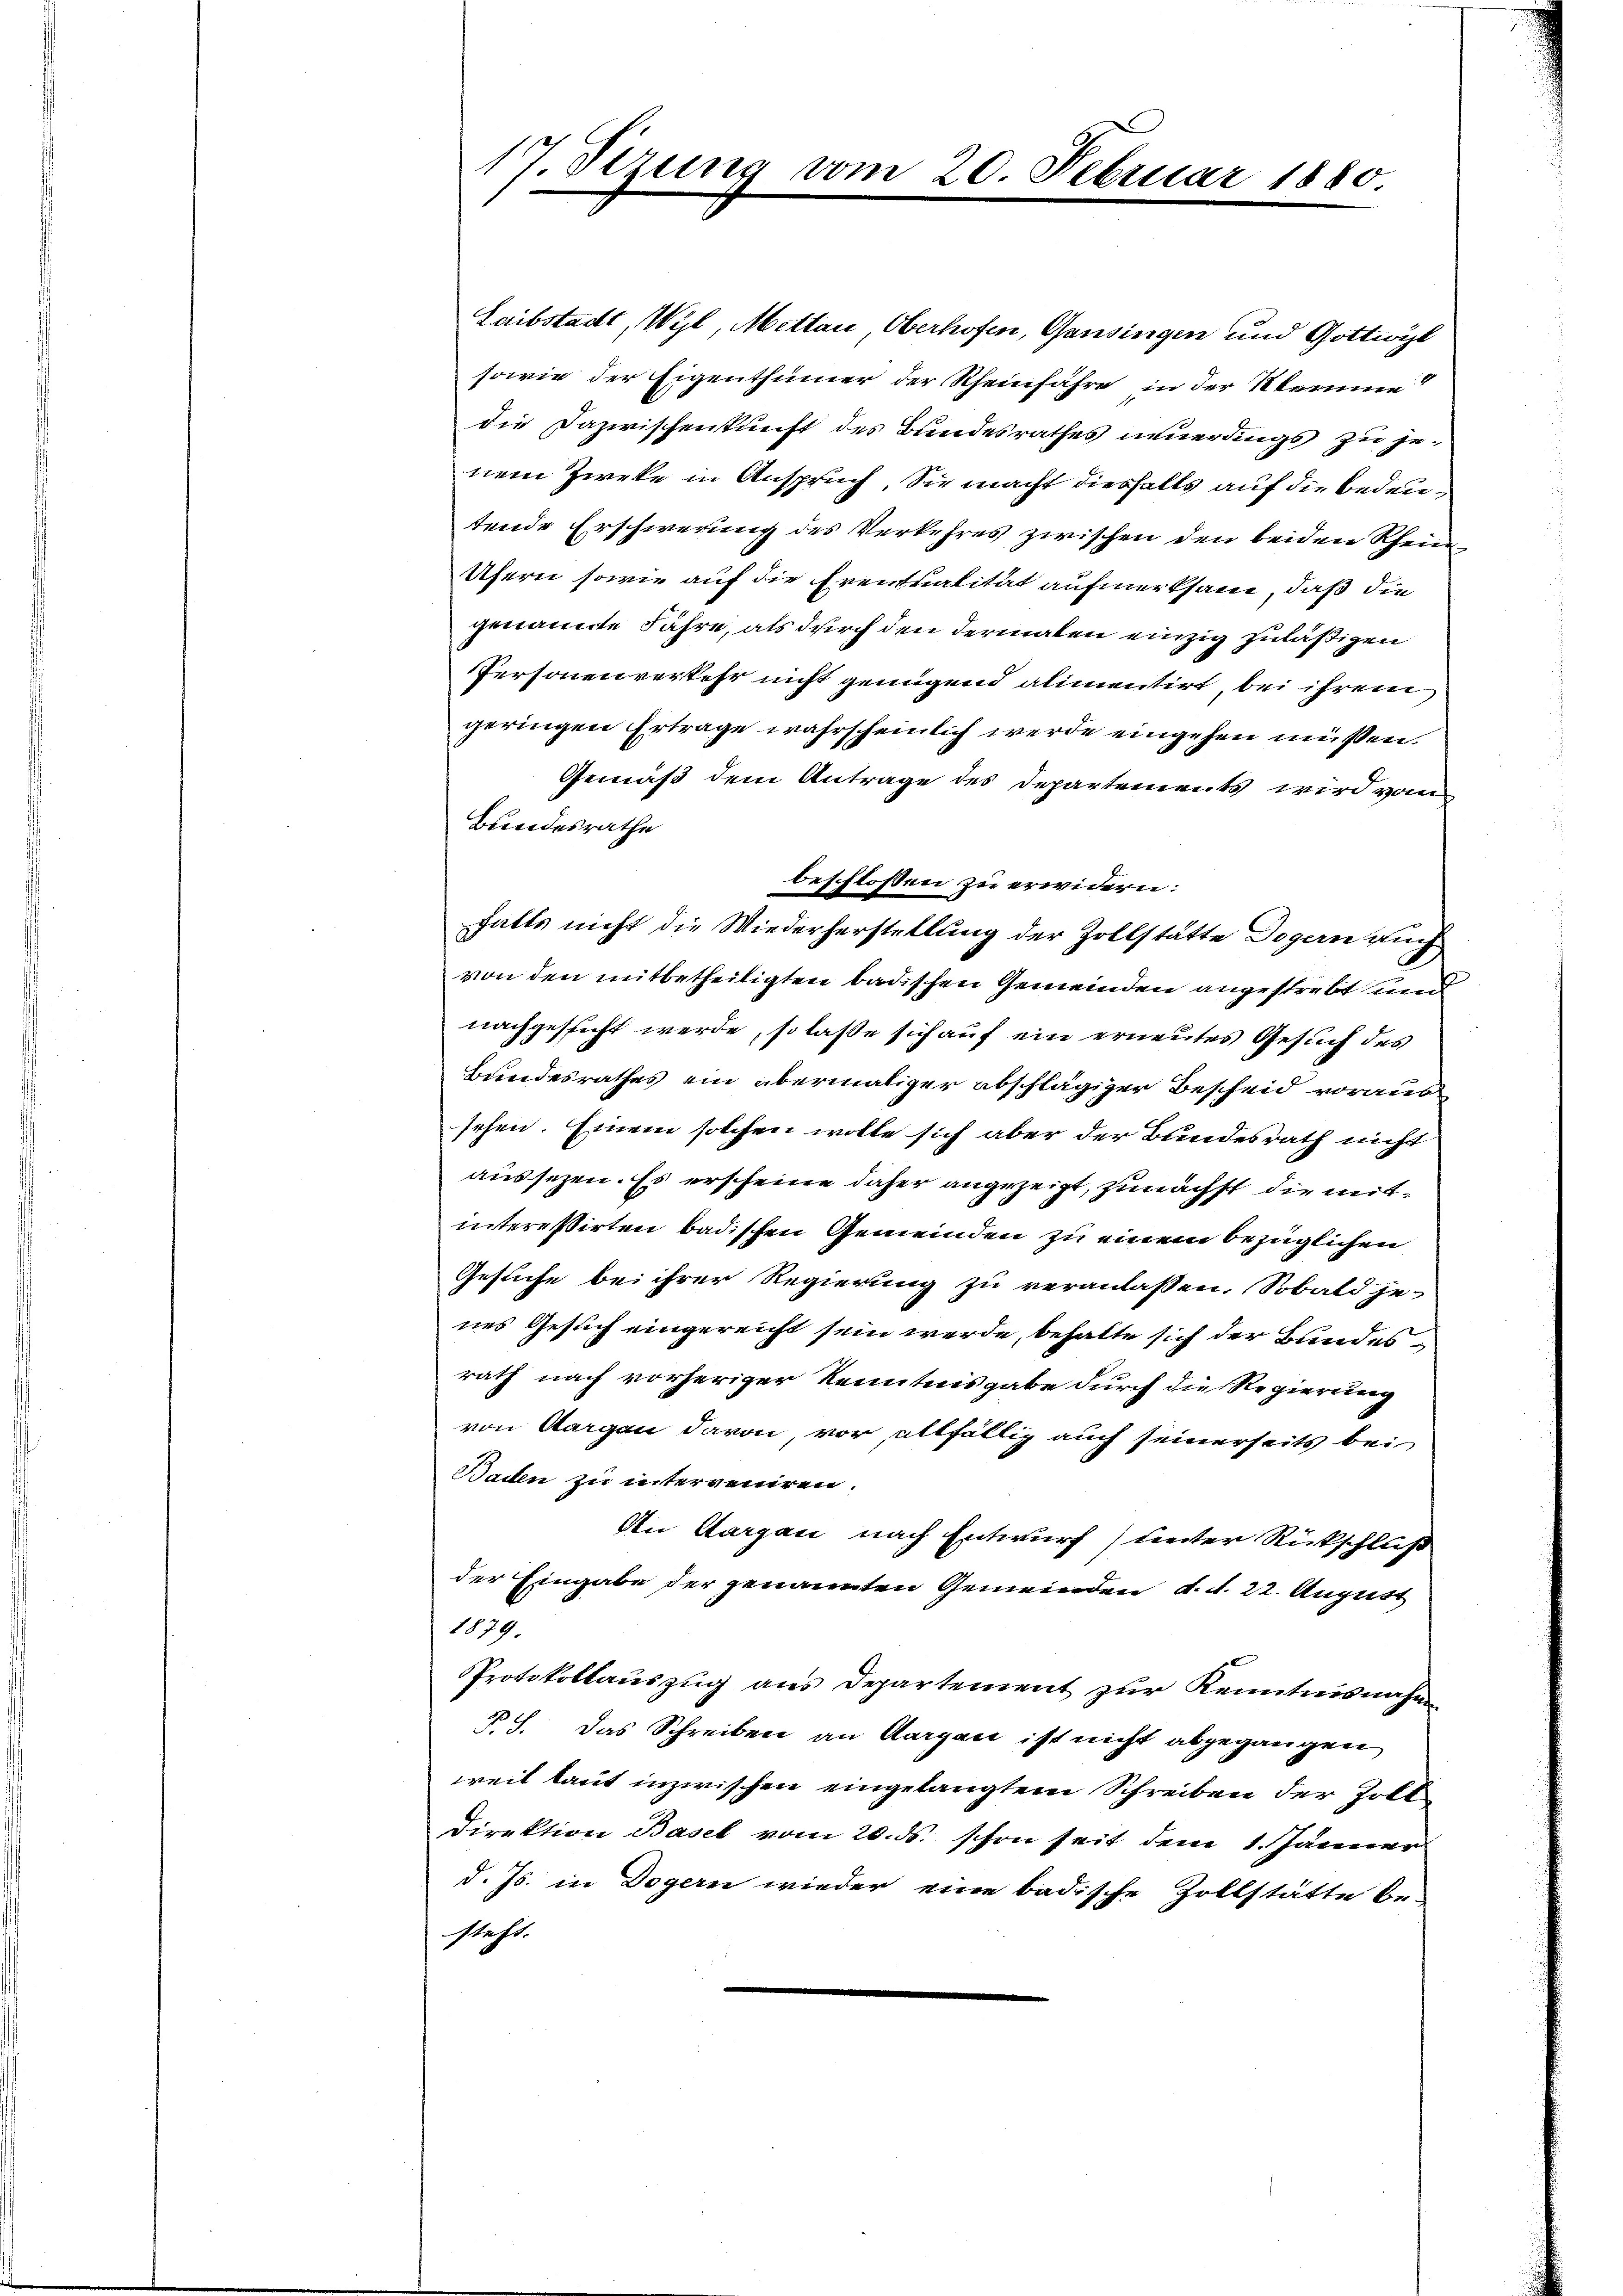
17. Sezung vom 20. Februar 1880.

Laibstadt, Wyl, Mettau, Oberhofen, Gansingen und Gottwil
sowie der Eigenthümer der Rheinfahre in der Sterne
die Dazwischenkunft des Bundesrathes neuerdings zu je-
nem Zweke in Anspruch. Sie macht diesfalls auf die Bedeutende Erschwerung des Verkehres zwischen den beiden Rhein¬
Ufern sowie auf die Eventualität aufmerksam, daß die
genannte Jahre, als durch den dermalen einzig zuläßigen
Personenverkehr nicht genügend alimentirt, bei ihrem
geringen Ertrage wahrscheinlich werde eingehen müssen.
Gemäß dem Antrage des Departements wird von
Bundesrathe
beschlossen zu erwidern:
falls nicht die Wiederherstellung der Zollstätte Dogen auch
von den mitbetheiligten badischen Gemeinden angestrebt und
nachgesucht werde, so laße sich auf ein erneutes Gesuch des
Bundesrathes ein abermaliger abschlägiger Bescheid voraus
sehen. Einem solchen wolle sich aber der Bundesrath nicht
aussezen. Es erscheine daher angezeigt, zunächst die mitintereßirten badischen Gemeinden zu einem bezüglichen
Gesuche bei ihrer Regierung zu veranlassen. Sobald je-
nes Gesuch eingereicht sein werde, behalte sich der Bundesrath nach vorheriger Kenntnisgabe durch die Regierung
von Aargau davon, vor, allfällig auch seinerseits bei
Baden zu interveniren.
An Aargau nach Entwurf) unter Rückschluß
der Eingabe der genannten Gemeinden d. d. 22. August
1879.
Protokollauszug aus Departement zur Kenntnisnahme
P.S. das Schreiben an Aargau ist nicht abgegangen
weil laut inzwischen eingelangtem Schreiben der Zoll¬
Direktion Basel vom 20. ds. schon seit dem 1. Jänner
d. Js. in Dogern wieder eine badische Zollstätte be-
steht.